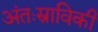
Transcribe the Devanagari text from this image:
अंतःस्राविकी